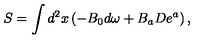
S = \int d ^ { 2 } x \left( - B _ { 0 } d \omega + B _ { a } D e ^ { a } \right) ,